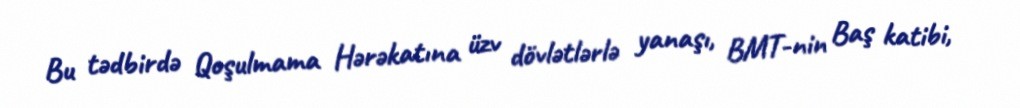
Bu tədbirdə Qoşulmama Hərəkatına üzv dövlətlərlə yanaşı, BMT-nin Baş katibi,